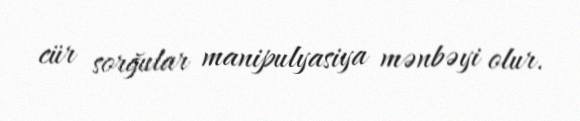
cür sorğular manipulyasiya mənbəyi olur.